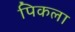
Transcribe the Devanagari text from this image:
पिकला